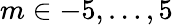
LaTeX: m\in{-5,\ldots,5}